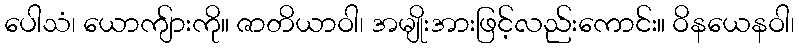
ပေါသံ၊ ယောကျ်ားကို။ ဇာတိယာဝါ၊ အမျိုးအားဖြင့်လည်းကောင်း။ ဝိနယေနဝါ၊